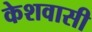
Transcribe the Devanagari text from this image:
केशवासी